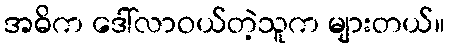
အဓိက ဒေါ်လာဝယ်တဲ့သူက များတယ်။